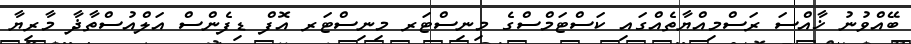
ބޭއްވުނު ޚާއްސަ ރަސްމިއްޔާތެއްގައި ކަސްޓަމްސްގެ މިނިސްޓަރ މިނިސްޓަރ އޮފް ޑިފެންސް އަލްއުސްތާޛާ މާރިޔާ